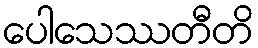
ပေါသေဿတီတိ